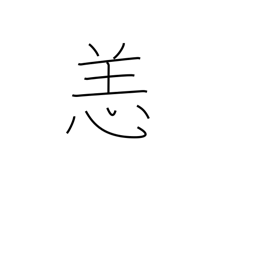
Meaning: illness